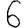
Digit: 6